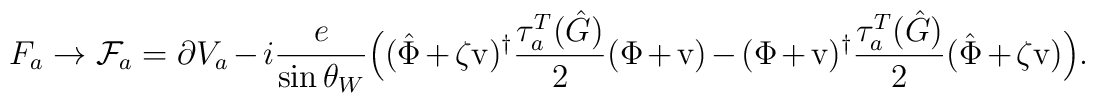
F_a \to {\cal F}_a  = \partial V_a - i \frac e{\sin \theta_W}\Bigl((\hat \Phi + \zeta \mbox{v} )^\dagger \frac {\tau^T_{a}(\hat G)} 2( \Phi +  \mbox{v} ) -( \Phi + \mbox{v} )^\dagger \frac {\tau^T_{a}(\hat G)} 2( \hat \Phi + \zeta \mbox{v} ) \Bigr) . \nonumber